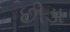
છીડા